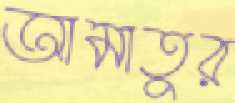
আমাতুর